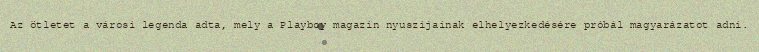
Az ötletet a városi legenda adta, mely a Playboy magazin nyuszijainak elhelyezkedésére próbál magyarázatot adni.